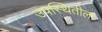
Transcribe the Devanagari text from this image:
उपस्थितीला